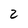
Character: 2